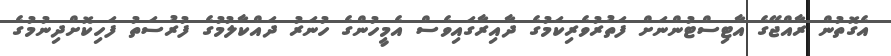
އެގޮތުން ރާއްޖޭގެ އާޓިސްޓުންނަށް ފަތުރުވެރިކަމުގެ ދާއިރާގައިވެސް އެމީހުންގެ ހުނަރު ދައްކާލުމުގެ ފުރުސަތު ފަހިކޮށްދިނުމުގެ